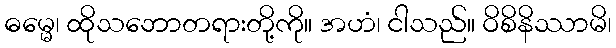
ဓမ္မေ၊ ထိုသဘောတရားတို့ကို။ အဟံ၊ ငါသည်။ ဝိစိနိဿာမိ၊